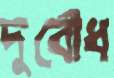
দুর্বোধ